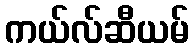
ကယ်လ်ဆီယမ်